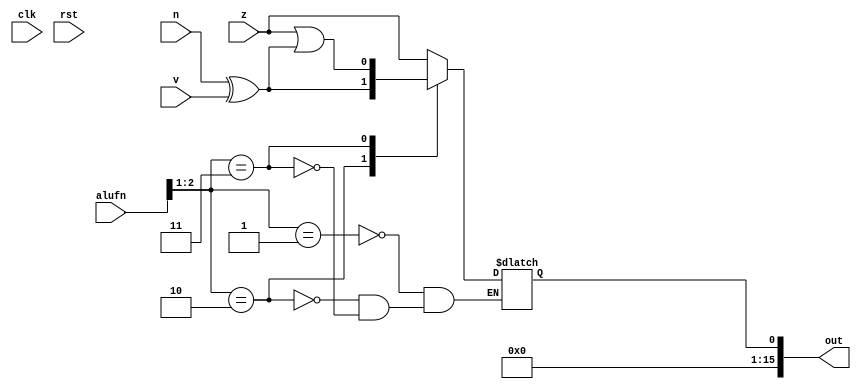
module compare_6 (
    input clk,
    input rst,
    input [5:0] alufn,
    input z,
    input v,
    input n,
    output reg [15:0] out
  );
  
  
  
  always @* begin
    out[1+14-:15] = 15'h0000;
    
    case (alufn[1+1-:2])
      2'h1: begin
        out[0+0-:1] = z;
      end
      2'h2: begin
        out[0+0-:1] = n ^ v;
      end
      2'h3: begin
        out[0+0-:1] = z | (n ^ v);
      end
    endcase
  end
endmodule